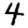
Digit: 4